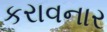
કરાવનાર